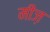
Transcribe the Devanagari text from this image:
मीज़